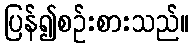
ပြန်၍စဉ်းစားသည်။